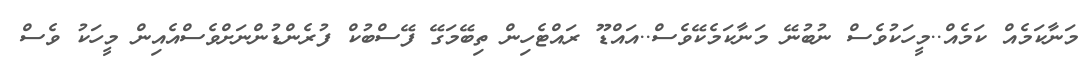
މަނާކަމެއް ކަމެއް..މީހަކުވެސް ނުބުނޭ މަނާކަމެކޭވެސް..އައްޑޫ ރައްޓެހިން ތިބޭމަގޭ ފޭސްބުކް ފުރެންޑުންނަށްވެސްއެއިން މީހަކު ވެސް